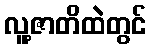
လူ့ဇာတိထဲတွင်